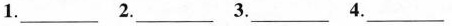
1.___ 2.___ 3.___ 4.___